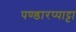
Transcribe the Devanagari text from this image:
पण्डारप्पाट्टा